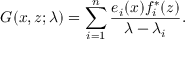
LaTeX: G ( x , z ; \lambda ) = \sum _ { i = 1 } ^ { n } { \frac { e _ { i } ( x ) f _ { i } ^ { * } ( z ) } { \lambda - \lambda _ { i } } } .